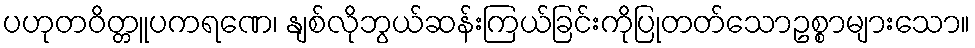
ပဟုတဝိတ္တူပကရဏေ၊ နျစ်လိုဘွယ်ဆန်းကြယ်ခြင်းကိုပြုတတ်သောဥစ္စာများသော။